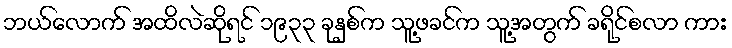
ဘယ်လောက် အထိလဲဆိုရင် ၁၉၃၃ ခုနှစ်က သူ့ဖခင်က သူ့အတွက် ခရိုင်စလာ ကား